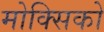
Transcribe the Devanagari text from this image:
मोक्सिको